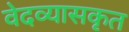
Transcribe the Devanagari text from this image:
वेदव्यासकृत